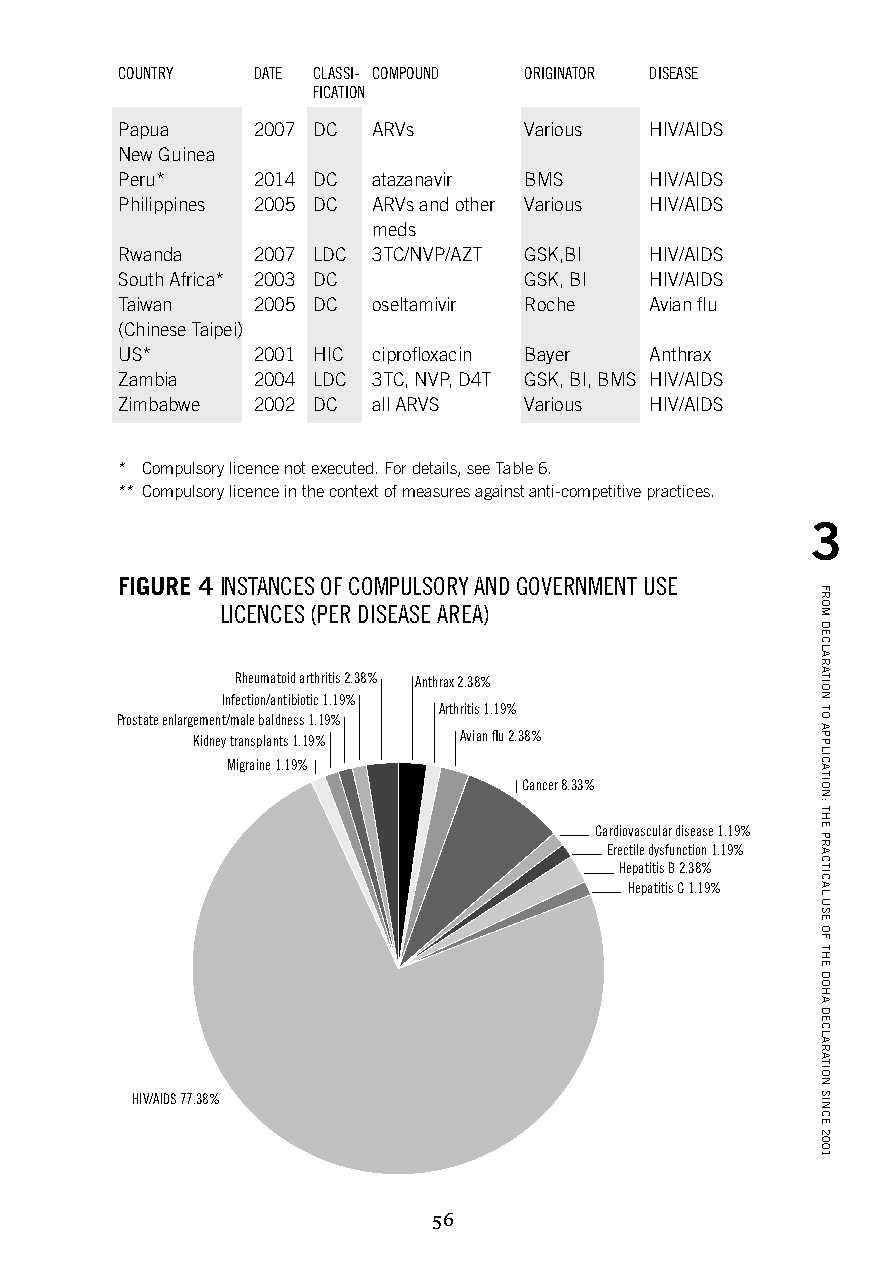
COUNTRY  DATE CLASSI- COMPOUND ORIGINATOR DISEASE
 FICATION
 Papua    2007 DC ARVs      Various HIV/AIDS
 New Guinea
 Peru*    2014 DC atazanavir BMS    HIV/AIDS
 Philippines 2005 DC ARVs and other Various HIV/AIDS
 meds
 Rwanda   2007 LDC 3TC/NVP/AZT GSK,BI HIV/AIDS
 South Africa* 2003 DC      GSK, BI HIV/AIDS
 Taiwan   2005 DC oseltamivir Roche Avian flu
 (Chinese Taipei)
 US*      2001 HIC ciprofloxacin Bayer Anthrax
 Zambia   2004 LDC 3TC, NVP, D4T GSK, BI, BMS HIV/AIDS
 Zimbabwe 2002 DC all ARVS  Various HIV/AIDS
 * Compulsory licence not executed. For details, see Table 6.
 ** Compulsory licence in the context of measures against anti-competitive practices.
 3
 FIGURE 4 INSTANCES OF COMPULSORY AND GOVERNMENT USE
 LICENCES (PER DISEASE AREA)
 Rheumatoid arthritis 2.38% Anthrax 2.38%
 Infection/antibiotic 1.19%
 Arthritis 1.19%
 P rostate enlargement/male baldness 1.19%
 Kidney transplants 1.19% Avian flu 2.38%
 Migraine 1.19%
 Cancer 8.33%
 Cardiovascular disease 1.19%
 Erectile dysfunction 1.19%
 Hepatitis B 2.38%
 Hepatitis C 1.19%
 HIV/AIDS 77.38%
 56
 FROM
 DECLARATION
 TO
 APPLICATION:
 THE
 PRACTICAL
 USE
 OF
 THE
 DOHA
 DECLARATION
 SINCE
 2001